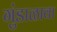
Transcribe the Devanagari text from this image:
गुंडाळावा